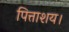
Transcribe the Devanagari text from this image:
पित्ताशय।